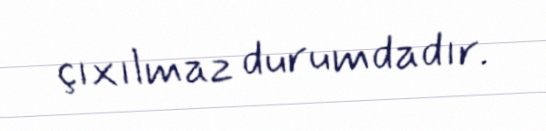
çıxılmaz durumdadır.